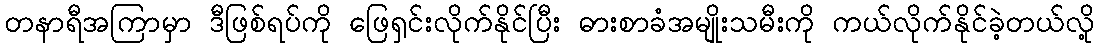
တနာရီအကြာမှာ ဒီဖြစ်ရပ်ကို ဖြေရှင်းလိုက်နိုင်ပြီး ဓားစာခံအမျိုးသမီးကို ကယ်လိုက်နိုင်ခဲ့တယ်လို့